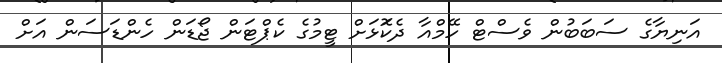
އަނިޔާގެ ސަބަބުން ވެސްޓް ހޭމްއާ ދެކޮަޅަށް ޓީމުގެ ކެޕްޓަން ޖޯޑަން ހެންޑަސަން އަށް